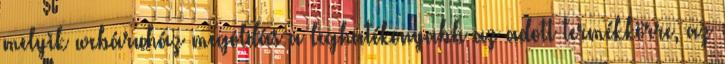
melyik webáruház megoldás a leghatékonyabb az adott termékkörre, az